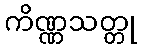
ကိဏ္ဏသတ္တု